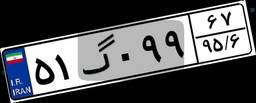
۵۱گ۰۹۹۶۷